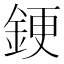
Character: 𫒝